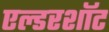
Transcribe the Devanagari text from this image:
एल्डरशॉट